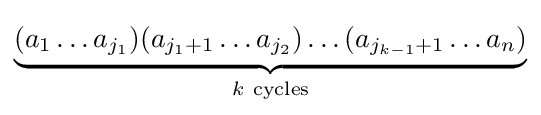
\displaystyle \underbrace {(a_{1}\ldots a_{j_{1}})(a_{j_{1}+1}\ldots a_{j_{2}})\ldots (a_{j_{k-1}+1}\ldots a_{n})} _{k\ \mathrm {cycles} }